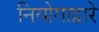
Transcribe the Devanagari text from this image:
नियोगाद्वारे